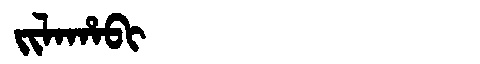
Manchu: ᠵᡳᠯᠠᡥᠠᠪᡳ
Romanization: JILAHABI